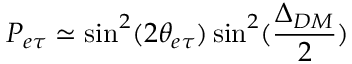
P _ { e \tau } \simeq \sin ^ { 2 } ( 2 \theta _ { e \tau } ) \sin ^ { 2 } ( \frac { \Delta _ { D M } } { 2 } )